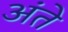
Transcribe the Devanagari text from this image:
अंते